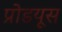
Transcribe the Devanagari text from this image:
प्रोडयूस